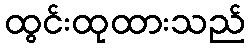
ထွင်းထုထားသည်